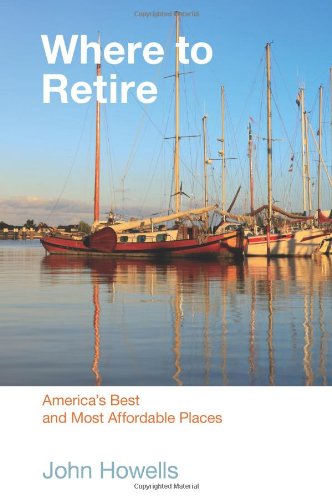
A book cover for Where to Retire, 7th: America's Best & Most Affordable Places (Choose Retirement Series); John Howells; Travel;